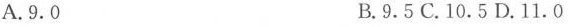
A.9.0 B.9.5 C.10.5 D.11.0